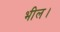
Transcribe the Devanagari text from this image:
भील।